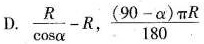
D. $$\frac{R}{ \cos \alpha }-R$$ , \frac{(90- \alpha ) \pi R}{180}